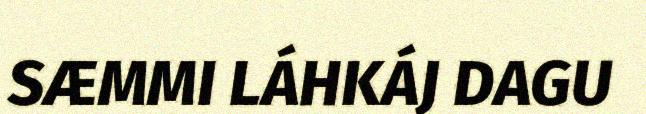
SÆMMI LÁHKÁJ DAGU